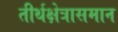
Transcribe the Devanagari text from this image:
तीर्थक्षेत्रासमान